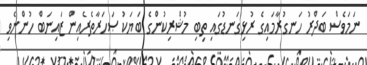
ނަމަވެސް ބަދްރު ހަނގުރާމައިގެ ރުޅިގަނޑުގައި ތިބި މުޝްރިކުންގެ ބަޔަކު ޞަހަރާތެރެއިން ޒައިނަބް ހުންނެވި